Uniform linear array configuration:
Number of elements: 64
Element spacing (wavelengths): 0.5
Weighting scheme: cosine
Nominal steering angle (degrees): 0
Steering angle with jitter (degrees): -0.3097
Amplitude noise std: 0.05
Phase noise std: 0.05

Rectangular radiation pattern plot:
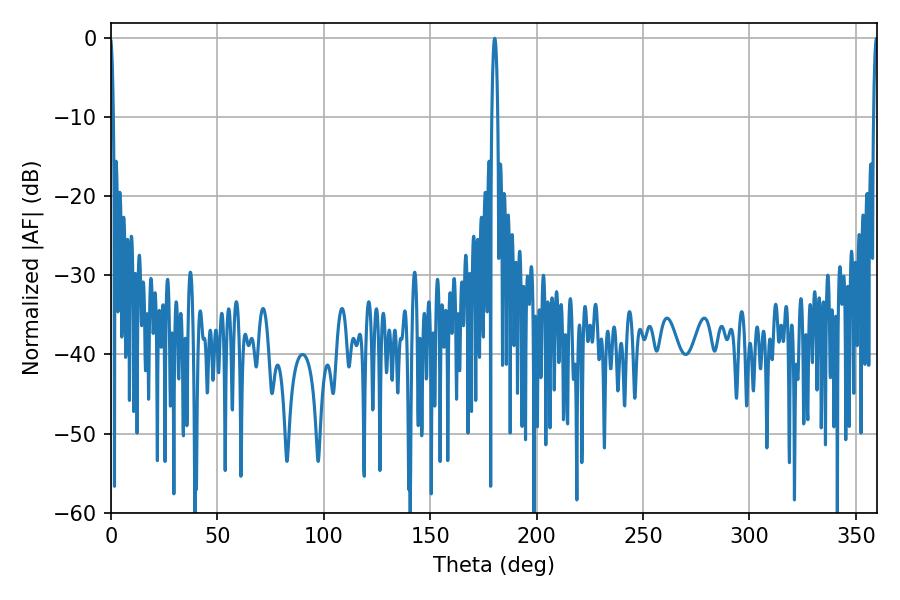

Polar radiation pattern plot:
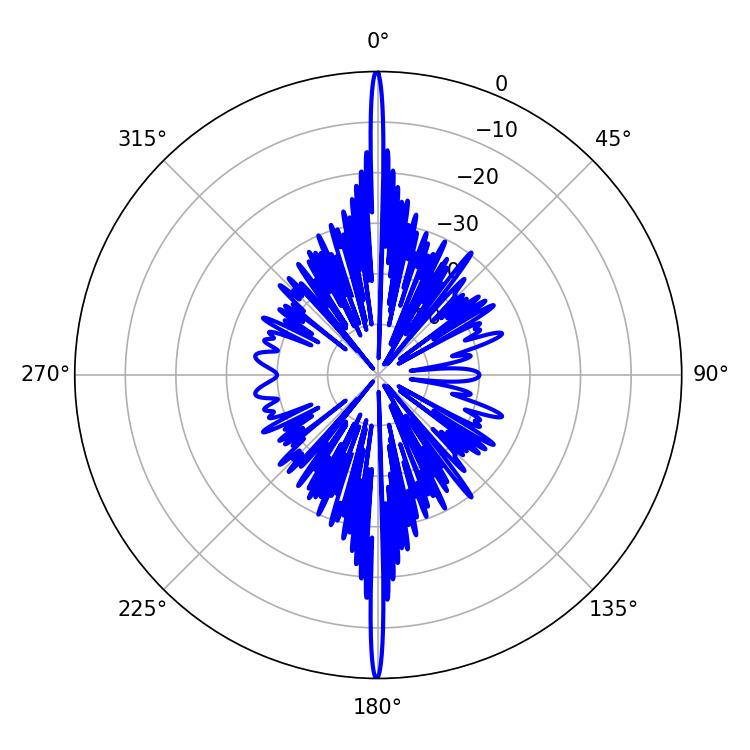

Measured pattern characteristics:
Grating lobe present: FALSE
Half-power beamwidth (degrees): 1.08
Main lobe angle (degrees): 359.64